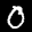
Label: 0